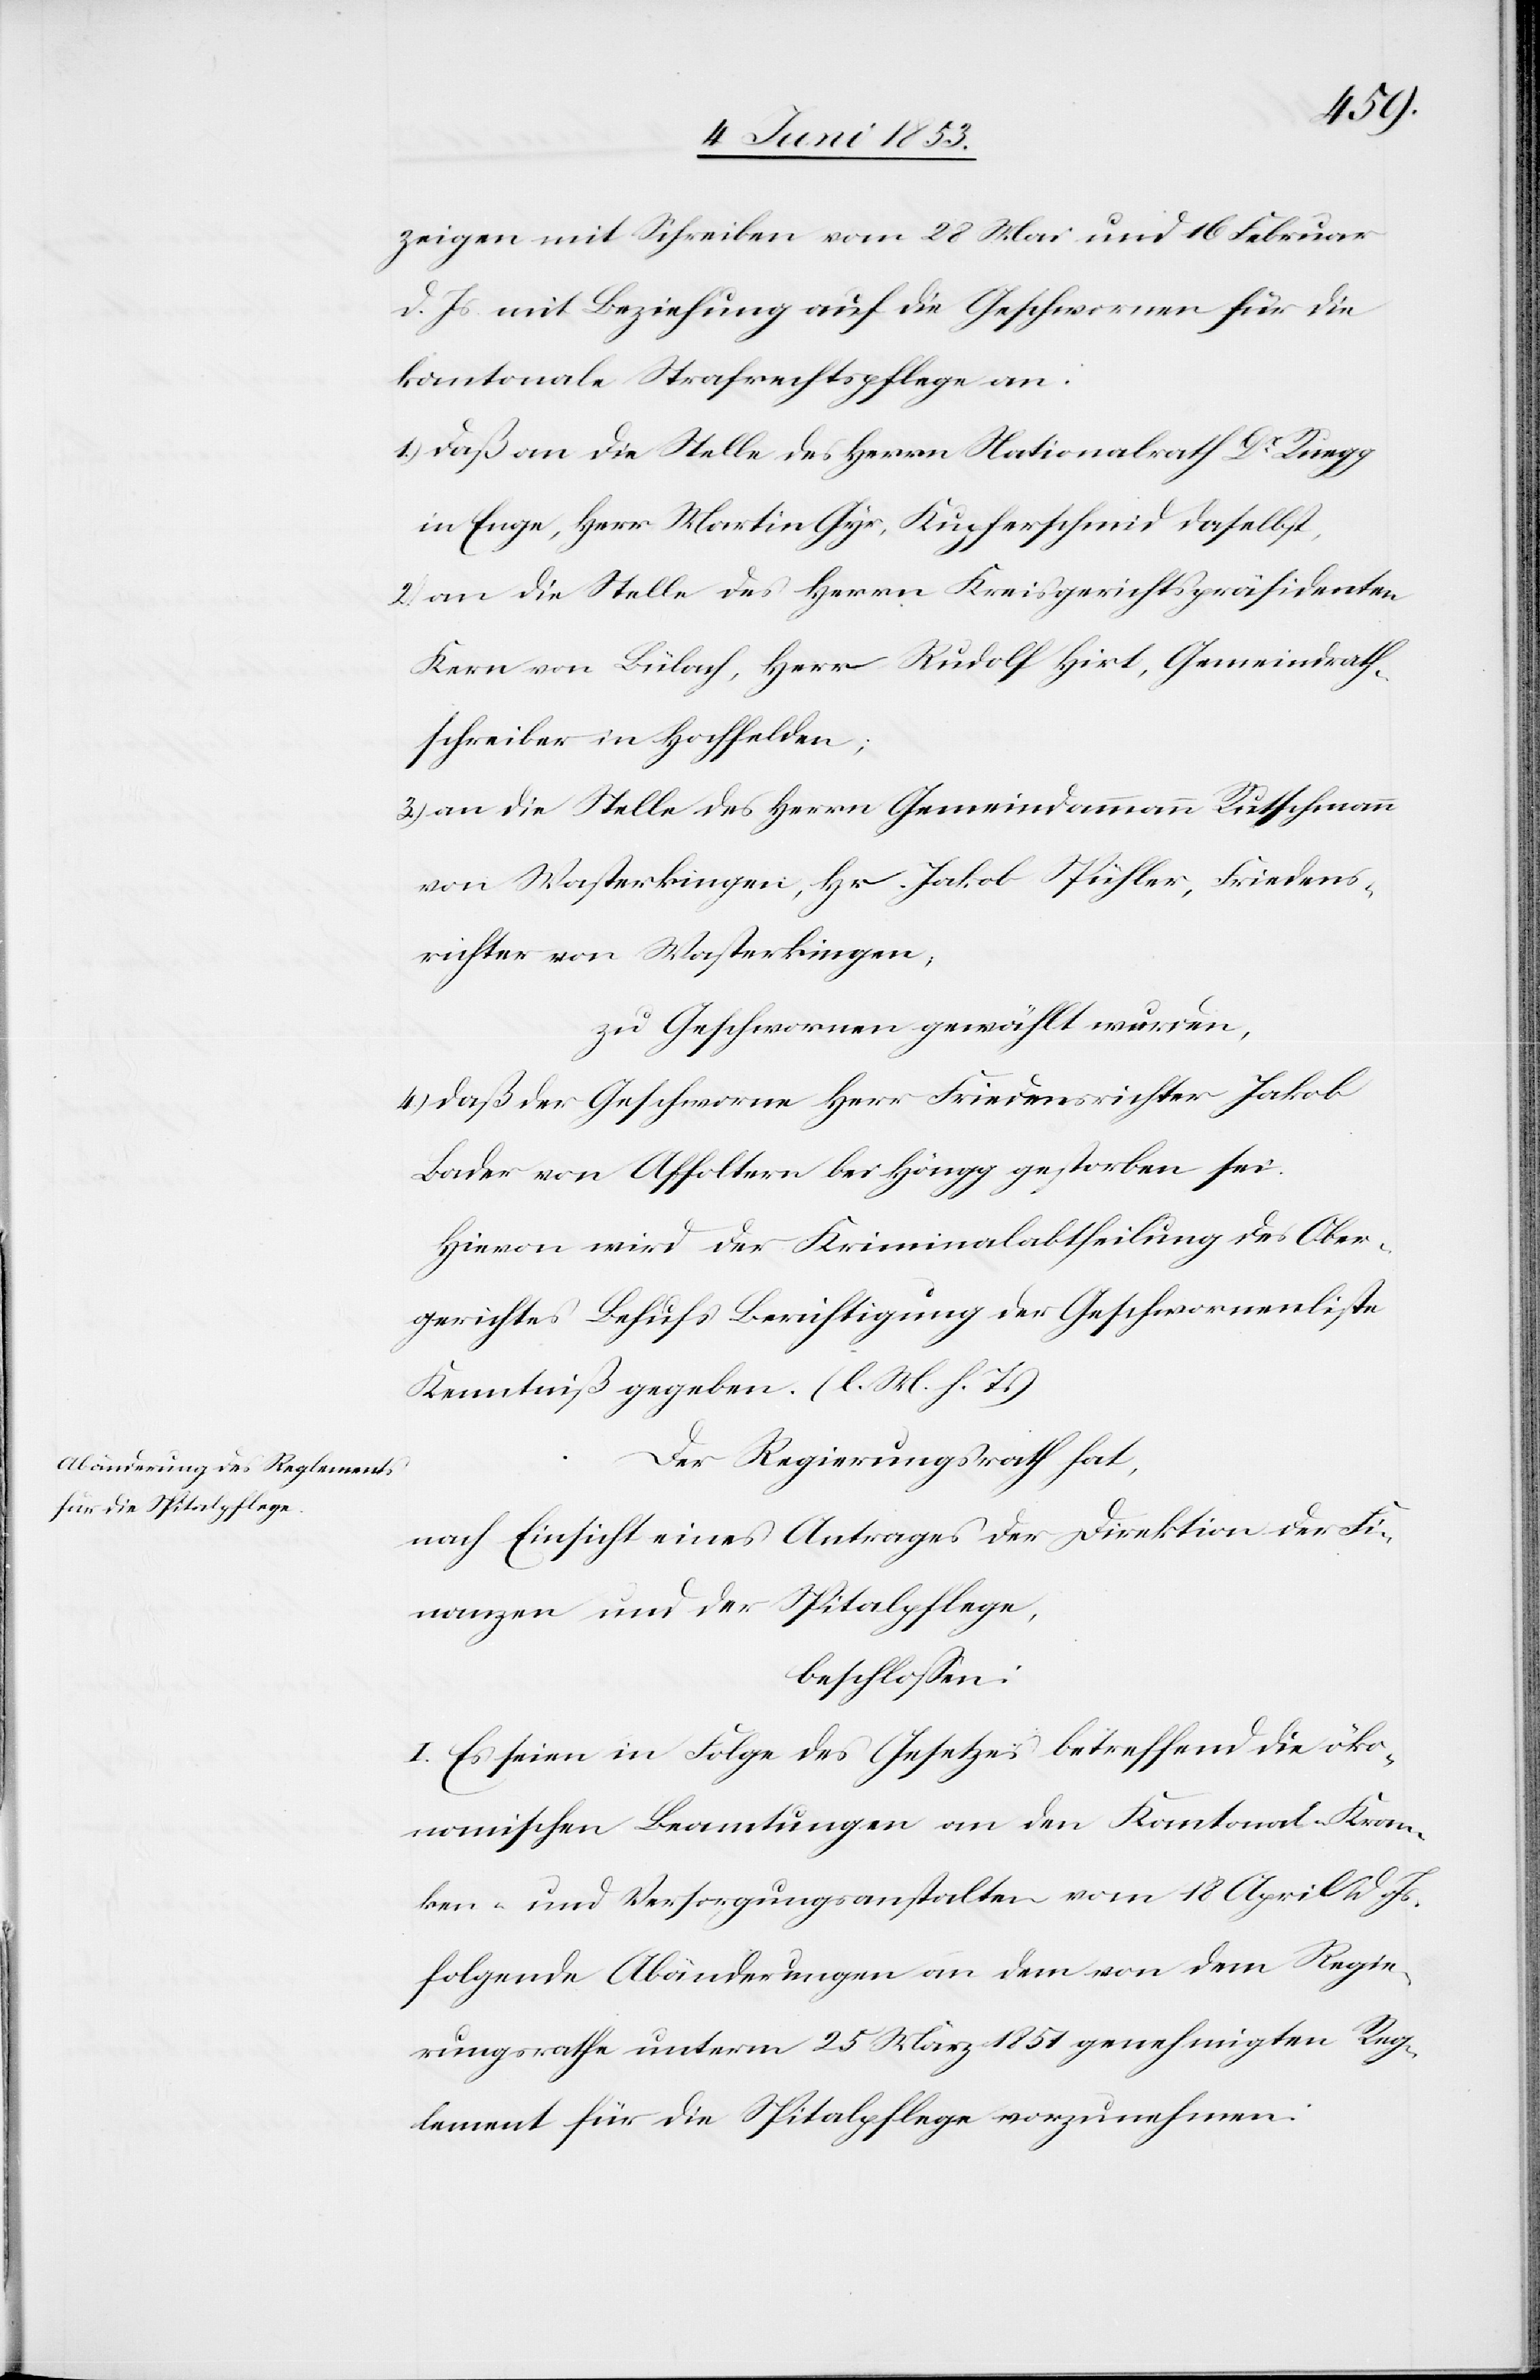
und der Spitalpflege,

nanzen
zeigen mit Schreiben vom 22 Mai und 16 Februar
d. Js. mit Beziehung auf die Geschworenen für die
kantonale Strafrechtspflege an:
1) daß an die Stelle des Herrn Nationalrath Dr. Ruegg
in Enge, Herr Martin Gyr, Kupferschmid daselbst,
2) an die Stelle des Herrn Kreisgerichtspräsidenten
Kern von Bülach, Herr Rudolf Hirt, Gemeindrath¬
schreiber in Hochfelden;
3.) an die Stelle des Herrn Gemeindammann Rutschmann
von Wasterkingen, Hr. Jakob Spühler, Friedens¬
richter von Wasterkingen,
zu Geschworenen gewählt wurden,
4) daß der Geschworene Herr Friedensrichter Jakob
Bader von Affoltern bei Höngg gestorben sei.
Hievon wird der Kriminalabtheilung des Ober¬
gerichtes Behufs Berichtigung der Geschworenenliste
Kenntniß gegeben. [l. M. h. T]
Der Regierungsrath hat,
nach Einsicht eines Antrages der Direktion der Fi¬
beschloßen:
I. Es seien in Folge des Gesetzes betreffend die öko¬
nomischen Beamtungen an den Kantonal-Kran¬
ken- und Versorgungsanstalten vom 18 April d. Js.
folgende Abänderungen an dem von dem Regie¬
rungsrathe unterm 25 März 1851 genehmigten Reg¬
lement für die Spitalpflege vorzunehmen: